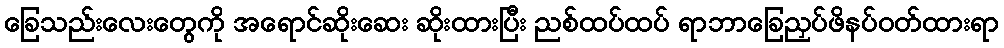
ခြေသည်းလေးတွေကို အရောင်ဆိုးဆေး ဆိုးထားပြီး ညစ်ထပ်ထပ် ရာဘာခြေညှပ်ဖိနပ်ဝတ်ထားရာ